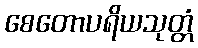
စေတောပရိယသုတ္တံ